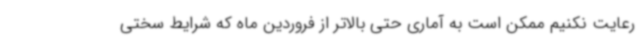
رعایت نکنیم ممکن است به آماری حتی بالاتر از فروردین ماه که شرایط سختی